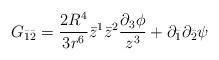
LaTeX: \begin{align*}G_{\bar{1}\bar{2}}=\frac{2 R^4}{3r^6} \bar{z}^1\bar{z}^2 \frac{\partial_3\phi}{z^3} +\partial_{\bar{1}}\partial_{\bar{2}}\psi\end{align*}